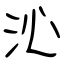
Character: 沁